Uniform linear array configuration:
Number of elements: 32
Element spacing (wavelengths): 0.25
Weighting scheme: kaiser
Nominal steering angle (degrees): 60
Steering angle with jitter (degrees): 61.553
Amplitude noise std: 0.05
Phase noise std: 0.05

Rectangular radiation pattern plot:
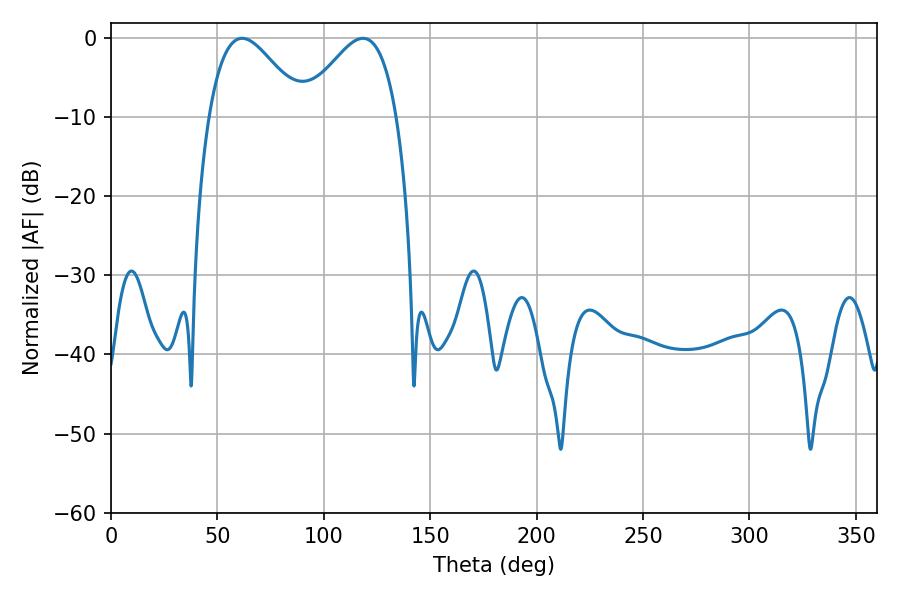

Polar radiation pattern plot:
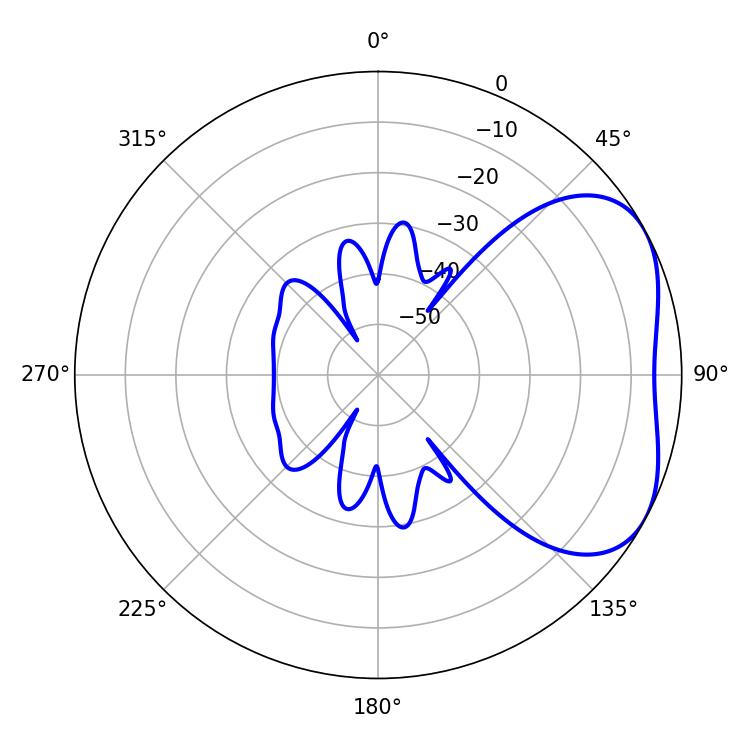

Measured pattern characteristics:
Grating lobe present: FALSE
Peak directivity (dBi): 3.908
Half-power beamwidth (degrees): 23.76
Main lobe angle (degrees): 61.56